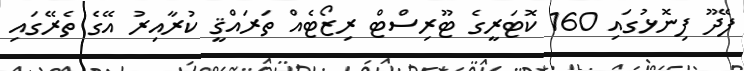
ފޭދޫ ފިނޮޅުގައި 160 ކޮޓަރީގެ ޓޫރިސްޓް ރިޒޯޓެއް ތަރައްޤީ ކުރާއިރު އޭގެ ތެރޭގައި